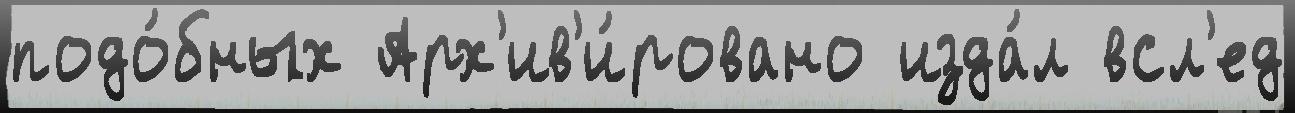
подо́бных Арх'ив'и́ровано изда́л всл'ед